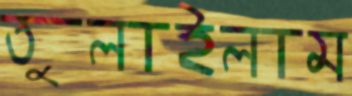
তুলাইলাম